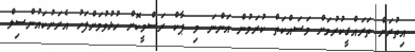
އިތުރަށް ތަރައްގީކުރުމަށް މަސައްކަތް ކުރަމުން އަންނަ މި ޕާކް ރަސްމީކޮށް ހުޅުވުމަށްފަހު އެރަށުކައުންސިލް